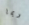
ربما